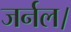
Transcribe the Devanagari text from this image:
जर्नल।